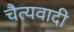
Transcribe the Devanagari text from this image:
चैत्यवादी